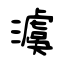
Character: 澞